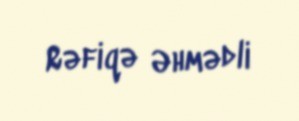
Rəfiqə Əhmədli